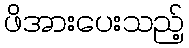
ဖိအားပေးသည့်